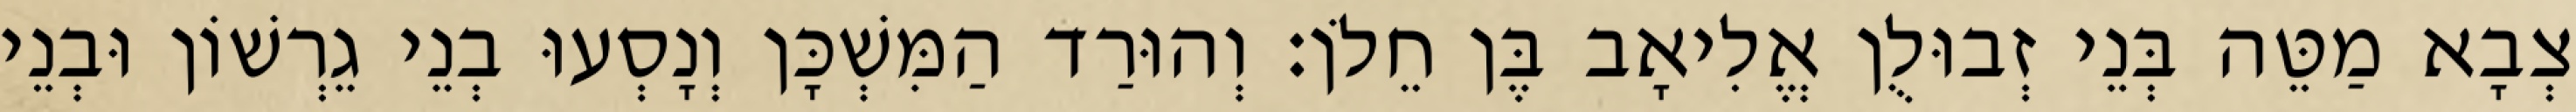
צְבָא מַטֵּה בְּנֵי זְבוּלֻן אֱלִיאָב בֶּן חֵלֹן׃ וְהוּרַד הַמִּשְׁכָּן וְנָסְעוּ בְנֵי גֵרְשׁוֹן וּבְנֵי